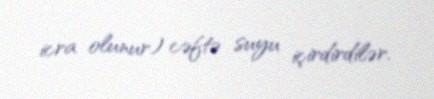
icra olunur) cəftə suyu içirdirdilər.